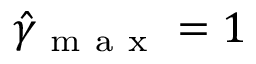
\hat { \gamma } _ { \mathrm { ~ m ~ a ~ x ~ } } = 1